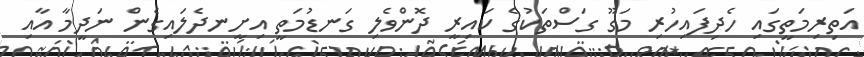
އަތިރިމަތީގައި ހެދިފައިހުރި މަގޫ ގަސްތަކުގެ ކައިރީ ދޮންވެލި ގަނޑުމަތީ އިށީނދެލައިގެން ނަދީމާ އާއި